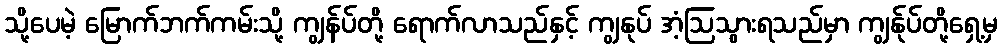
သို့ပေမဲ့ မြောက်ဘက်ကမ်းသို့ ကျွန်ပ်တို့ ရောက်လာသည်နှင့် ကျွနုပ် အံ့ဩသွားရသည်မှာ ကျွန်ုပ်တို့ရှေ့မှ